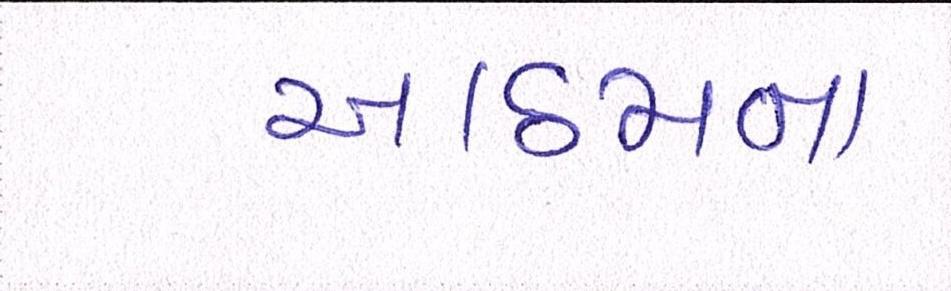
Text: આઠમના